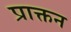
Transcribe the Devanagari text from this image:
प्राक्तन